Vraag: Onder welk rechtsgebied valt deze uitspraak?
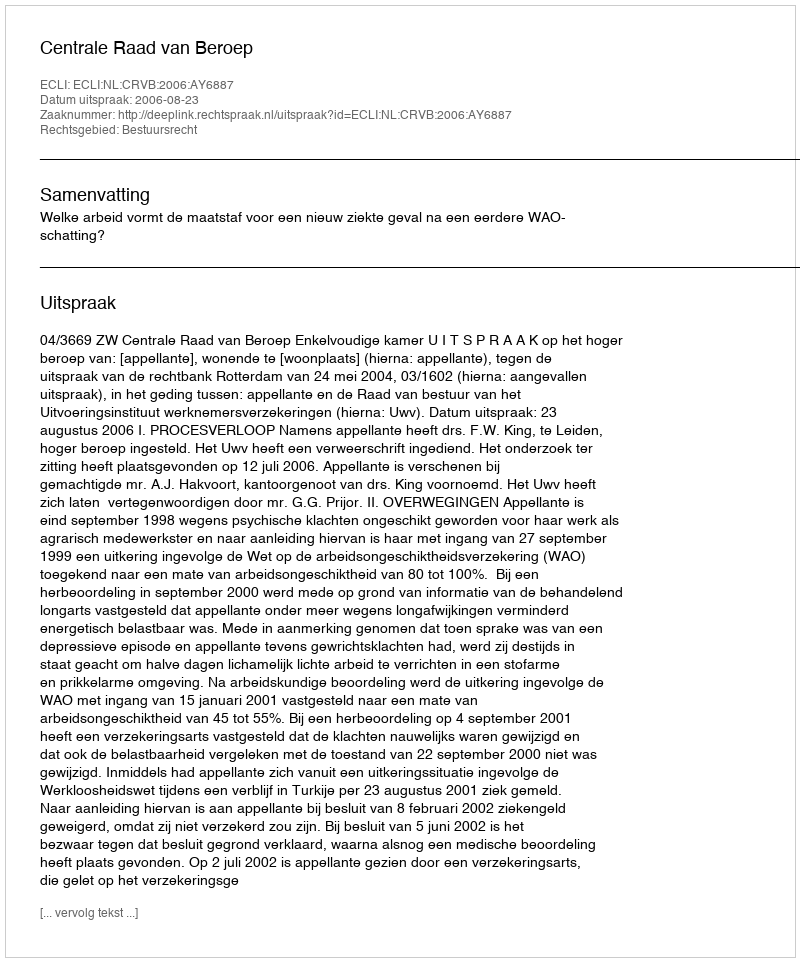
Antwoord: Bestuursrecht